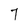
Character: 7